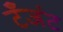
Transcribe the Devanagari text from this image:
टँजंट